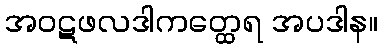
အဝဋဖလဒါကတ္ထေရ အပဒါန။